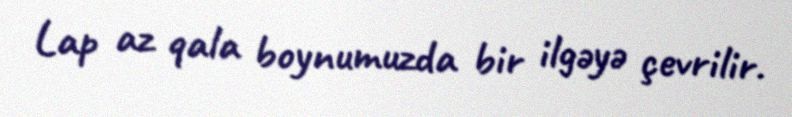
Lap az qala boynumuzda bir ilgəyə çevrilir.